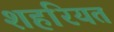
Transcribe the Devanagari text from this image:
शहरियत